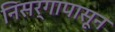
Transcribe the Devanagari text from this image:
निसर्गापासून